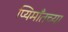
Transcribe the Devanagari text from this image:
प्यिमाँतच्या